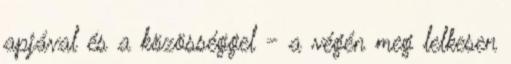
apjával és a közösséggel - a végén meg lelkesen